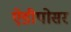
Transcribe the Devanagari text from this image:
ऐडीपोसर